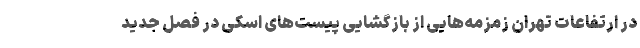
در ارتفاعات تهران زمزمه‌هایی از بازگشایی پیست‌های اسکی در فصل جدید